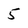
Character: 5